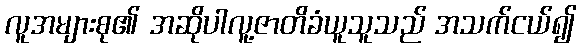
လူအများစု၏ အဆိုပါလူ့ဇာတိခံယူသူသည် အသက်ငယ်၍